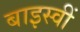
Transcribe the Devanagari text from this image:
बाइस्वीं